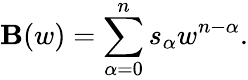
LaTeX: \mathbf{B}(w)=\sum_{\alpha=0}^{n}s_{\alpha}w^{n-\alpha}.